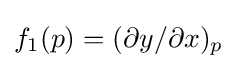
f_{1}(p)=(\partial y/\partial x)_{p}